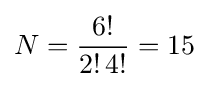
N={6! \over {2!\,4!}}=15